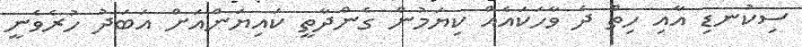
ސިކުނޑި އާއި ހިތް ދެ ވާހަކައެއް ކިޔަމުން ގެންދާތީ ކައިޔަންއަށް އަބަދު ހުރެވެނީ